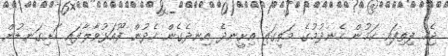
ޖެހި ފިތިފައި ކަމުން ހެނދުމުގެ މަތީގައި އިށީނދެ އިނދެގެން ހެދުން ފޫއަޅުވާލާފައި ހަށިގަނޑުން